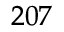
^ { 2 0 7 }